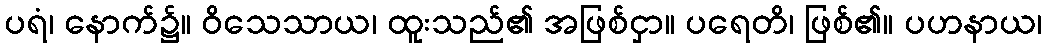
ပရံ၊ နောက်၌။ ဝိသေသာယ၊ ထူးသည်၏ အဖြစ်ငှာ။ ပရေတိ၊ ဖြစ်၏။ ပဟနာယ၊